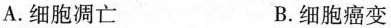
A.细胞凋亡 B.细胞癌变